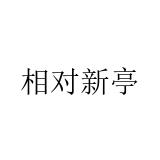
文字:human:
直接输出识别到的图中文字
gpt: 相对新亭